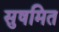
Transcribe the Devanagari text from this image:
सुषमित